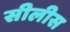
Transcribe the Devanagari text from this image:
सीलीस